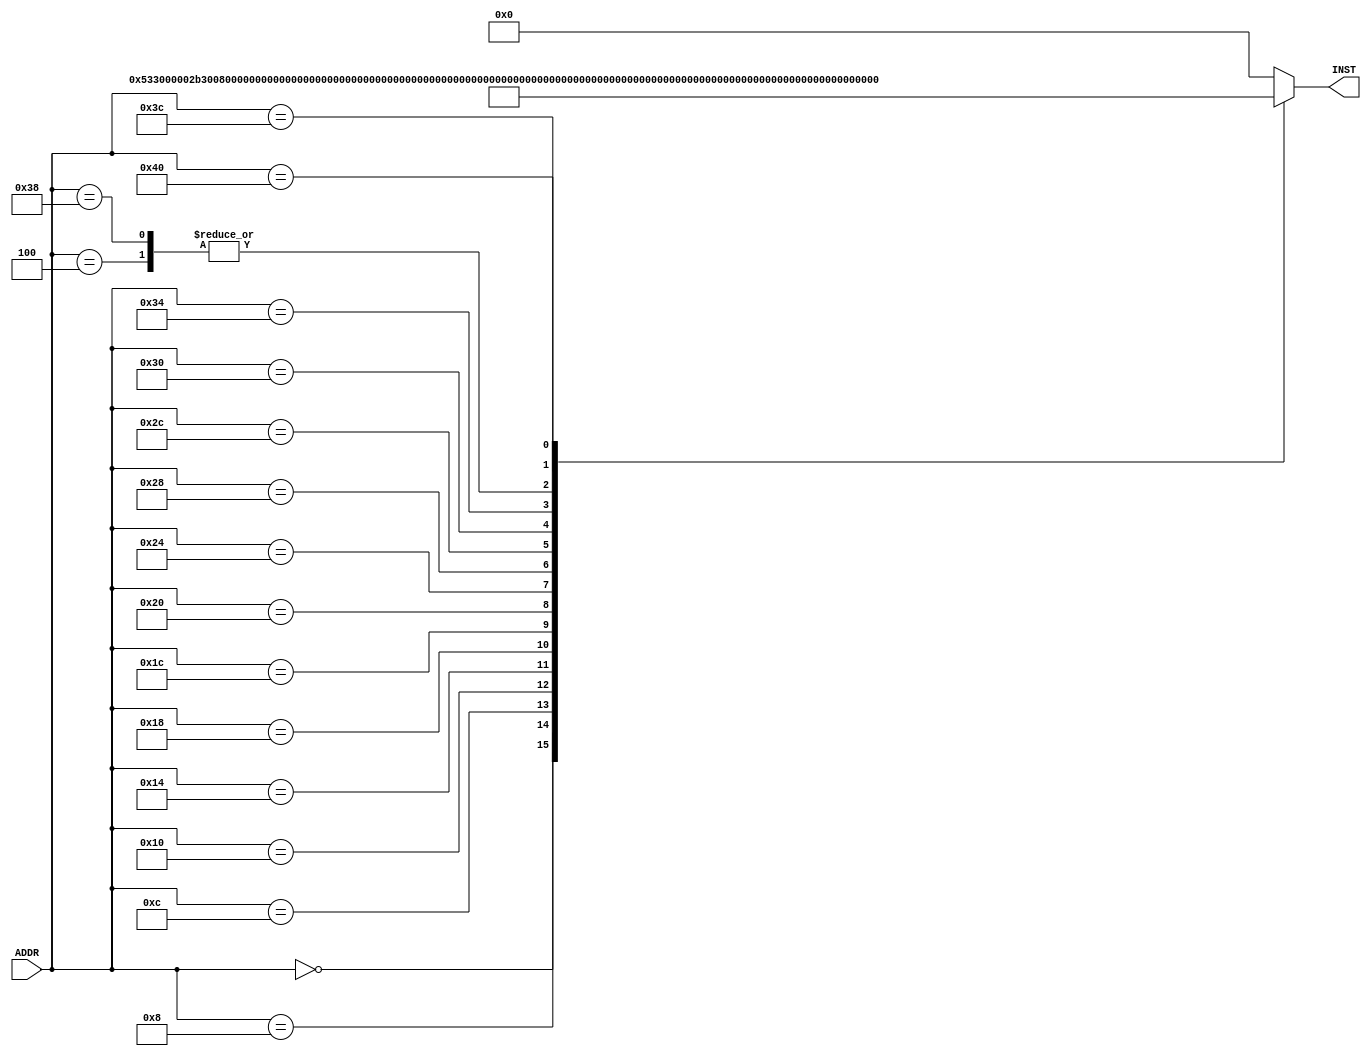
module Vr_inst_mem(ADDR, INST);
  input [31:0] ADDR;
  output reg [31:0] INST;

  always @ (ADDR)
  begin
    case(ADDR)
        0: INST = 32'h00000533; //add a0, zero, zero
        4: INST = 32'h00000333; //  addt1, zero, zero 
        8: INST = 32'h000002b3; //add t0, zero, zero 
       12: INST = 32'h006483b3; //add  t2, s1, t1  
       16: INST = 32'h00430313; //addi  t1, t1, 4  
       20: INST = 32'h00530e33; //add t3, t1, t0   
       24: INST = 32'h04be0063; //beq t3, a1, .TLOOP  
       28: INST = 32'h000000ea; //lwa0, 0(t2)
       32: INST = 32'h000010ec; //  lw a2, 4(t2)
       36: INST = 32'h00a64863; //  blt a2, a0, .SWAP  
       40: INST = 32'hfcb314e3; //bltt1, a1, .LOOP   
       44: INST = 32'h00a3a223; //  sw a0, 4(t2)  
       48: INST = 32'h00c3a023; //  sw a2, 0(t2)
       52: INST = 32'hfac558e3; //  bge a0, a2, .LOOP
       56: INST = 32'h00000333; //addt1, zero, zero  
       60: INST = 32'h00428293; //addi t0, t0, 4  
       64: INST = 32'hf8559ce3; //bne a1, t0, .LOOP
      //  68: INST = 32'h00a54533; //xor a0, a0, a0
      //  72: INST = 32'h00008067; //jalrzero, 0(ra)
        default: INST = 32'h00000000;

    endcase
  end
endmodule